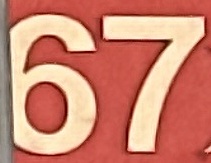
67